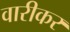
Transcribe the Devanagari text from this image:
वारीकर